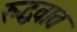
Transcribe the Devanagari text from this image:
रुद्धवात